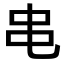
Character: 𫩙